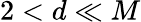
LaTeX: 2<d\ll M